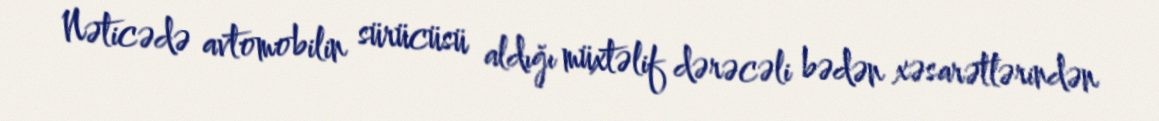
Nəticədə avtomobilin sürücüsü aldığı müxtəlif dərəcəli bədən xəsarətlərindən